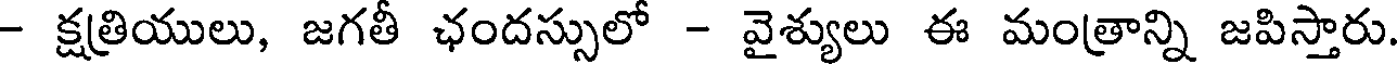
- క్షత్రియులు, జగతీ ఛందస్సులో - వైశ్యులు ఈ మంత్రాన్ని జపిస్తారు.